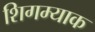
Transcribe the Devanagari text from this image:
शिगम्याक